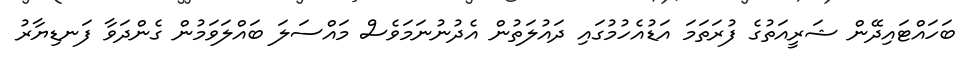
ބަހައްޓައިދޭން ޝަރީއަތުގެ ފުރަތަމަ އަޑުއެހުމުގައި ދައުލަތުން އެދުނުނަމަވެސް މައްސަލަ ބައްލަވަމުން ގެންދަވާ ފަނޑިޔާރު